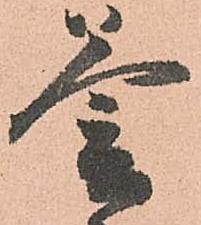
釜